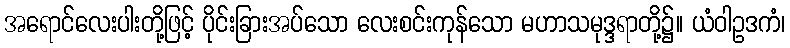
အရောင်လေးပါးတို့ဖြင့် ပိုင်းခြားအပ်သော လေးစင်းကုန်သော မဟာသမုဒ္ဒရာတို့၌။ ယံဝါဥဒကံ၊